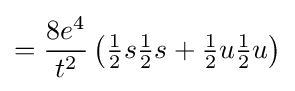
={\frac {8e^{4}}{t^{2}}}\left({\tfrac {1}{2}}s{\tfrac {1}{2}}s+{\tfrac {1}{2}}u{\tfrac {1}{2}}u\right)